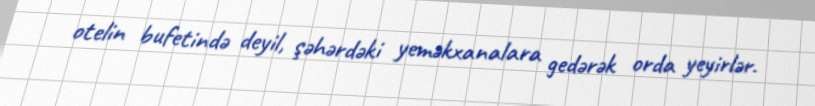
otelin bufetində deyil, şəhərdəki yeməkxanalara gedərək orda yeyirlər.